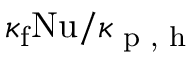
\kappa _ { \mathrm { f } } \mathrm { N u } / \kappa _ { \mathrm { \textrm { p , h } } }